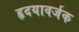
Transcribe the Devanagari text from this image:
हृदयावर्जक